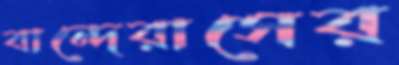
বান্দেরাসের